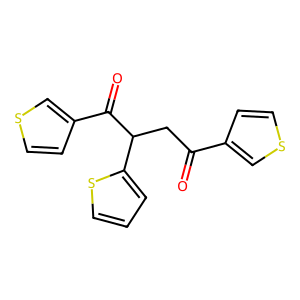
SMILES: O=C(CC(C(=O)c1ccsc1)c1cccs1)c1ccsc1
Inhibits HIV replication: No